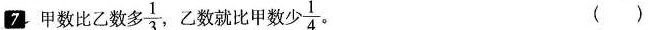
7.甲数比乙数多 $$\frac{1}{3}$$ ，乙数就比甲数少 $$\frac{1}{4}$$ 。()